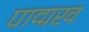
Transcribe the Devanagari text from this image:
पाद्मख